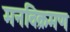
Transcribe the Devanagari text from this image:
मनविक्रमण